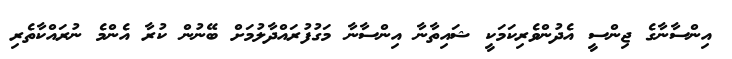
އިންސާނާގެ ޖިންސީ އެދުންވެރިކަމަކީ ޝައިތާނާ އިންސާނާ މަގުފުރައްދާލުމަށް ބޭނުން ކުރާ އެންމެ ނުރައްކާތެރި